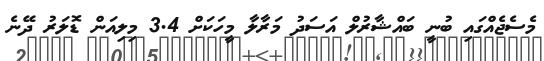
މެސެޖެއްގައި ބުނީ ބައްޝާރުލް އަސަދު މަރާލާ މީހަކަށް 3.4 މިލިއަން ޑޮލަރު ދޭނެ